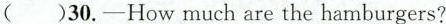
()30.-How much are the hamburgers?